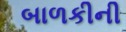
બાળકીની